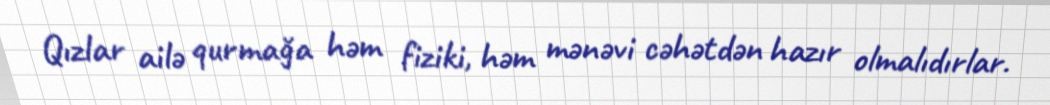
Qızlar ailə qurmağa həm fiziki, həm mənəvi cəhətdən hazır olmalıdırlar.